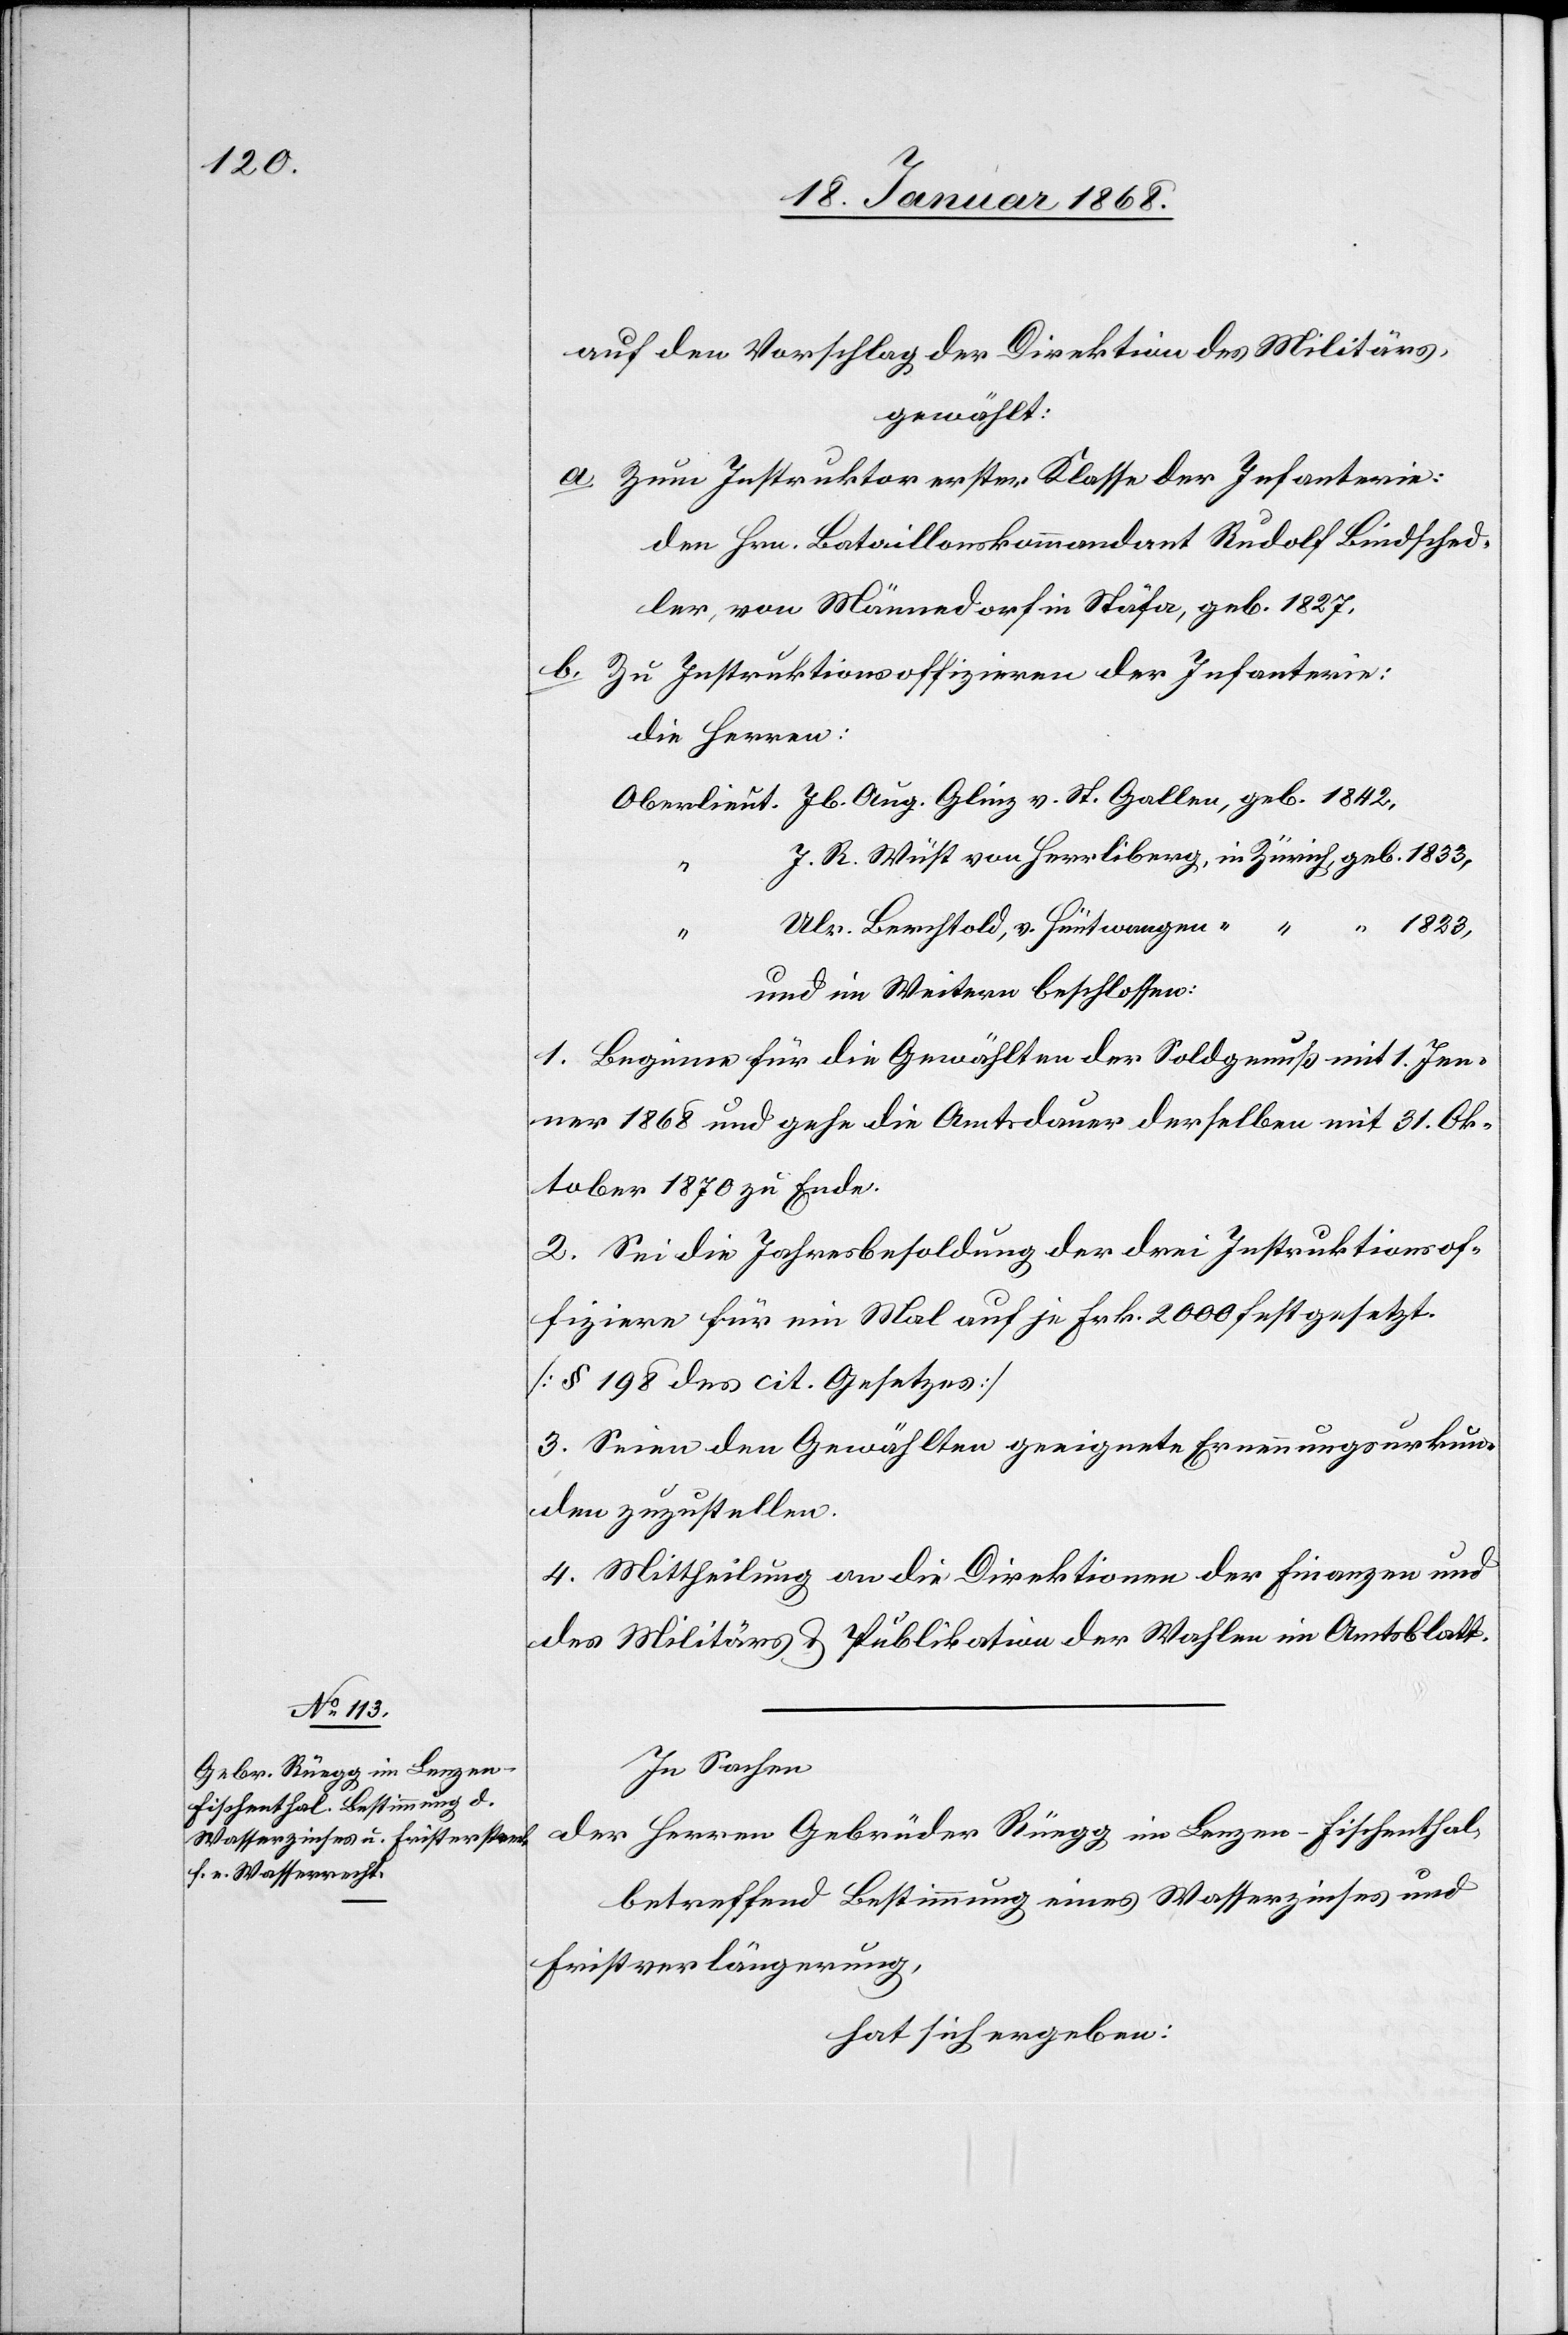
auf den Vorschlag der Direktion des Militärs,
gewählt:
Zum Instruktor erster Klasse der Infanterie:
den Hrn. Bataillonskommandant Rudolf Bindschedler
[sic!], von Männedorf in Stäfa, geb. 1827,
Zu Instruktionsoffizieren der Infanterie:
die Herren:
Oberlieut. Jb. Aug. Glinz v. St. Gallen, geb. 1842,
J. R. Wüst von Herrliberg, in Zürich, geb. 1833,
Ulr. Berchtold, v. Hüntwangen
und im Weitern beschlossen:
1. Beginne für die Gewählten der Soldgenuß mit 1. Jen¬
ner 1868 und gehe die Amtsdauer derselben mit 31. Ok¬
tober 1870 zu Ende.
2. Sei die Jahresbesoldung der drei Instruktionsof¬
fiziere für ein Mal auf je Frk. 2000 festgesetzt.
[§ 198 des cit. Gesetzes]
3. Seien den Gewählten geeignete Ernennungsurkun¬
den zuzustellen.
4. Mittheilung an die Direktionen der Finanzen und
des Militärs & Publikation der Wahlen im Amtsblatt.
In Sachen
der Herren Gebrüder Rüegg im Lenzen - Fischenthal,
betreffend Bestimmung eines Wasserzinses und
Fristverlängerung,
hat sich ergeben: